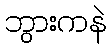
ဘွားကနဲ